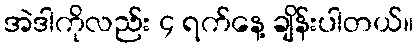
အဲဒါကိုလည်း ၄ ရက်နေ့ ချိန်းပါတယ်။